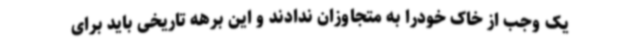
یک وجب از خاک خودرا به متجاوزان ندادند و این برهه تاریخی باید برای